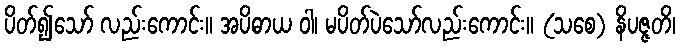
ပိတ်၍သော် လည်းကောင်း။ အပိဓာယ ဝါ၊ မပိတ်ပဲသော်လည်းကောင်း။ (သစေ) နိပဇ္ဇတိ၊